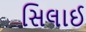
સિલાઈ